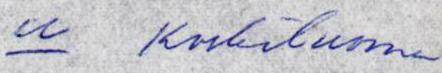
u Koskiluoma